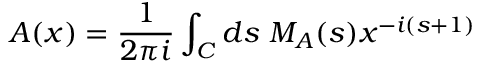
A ( x ) = { \frac { 1 } { 2 \pi i } } \int _ { C } d s ~ M _ { A } ( s ) x ^ { - i ( s + 1 ) }